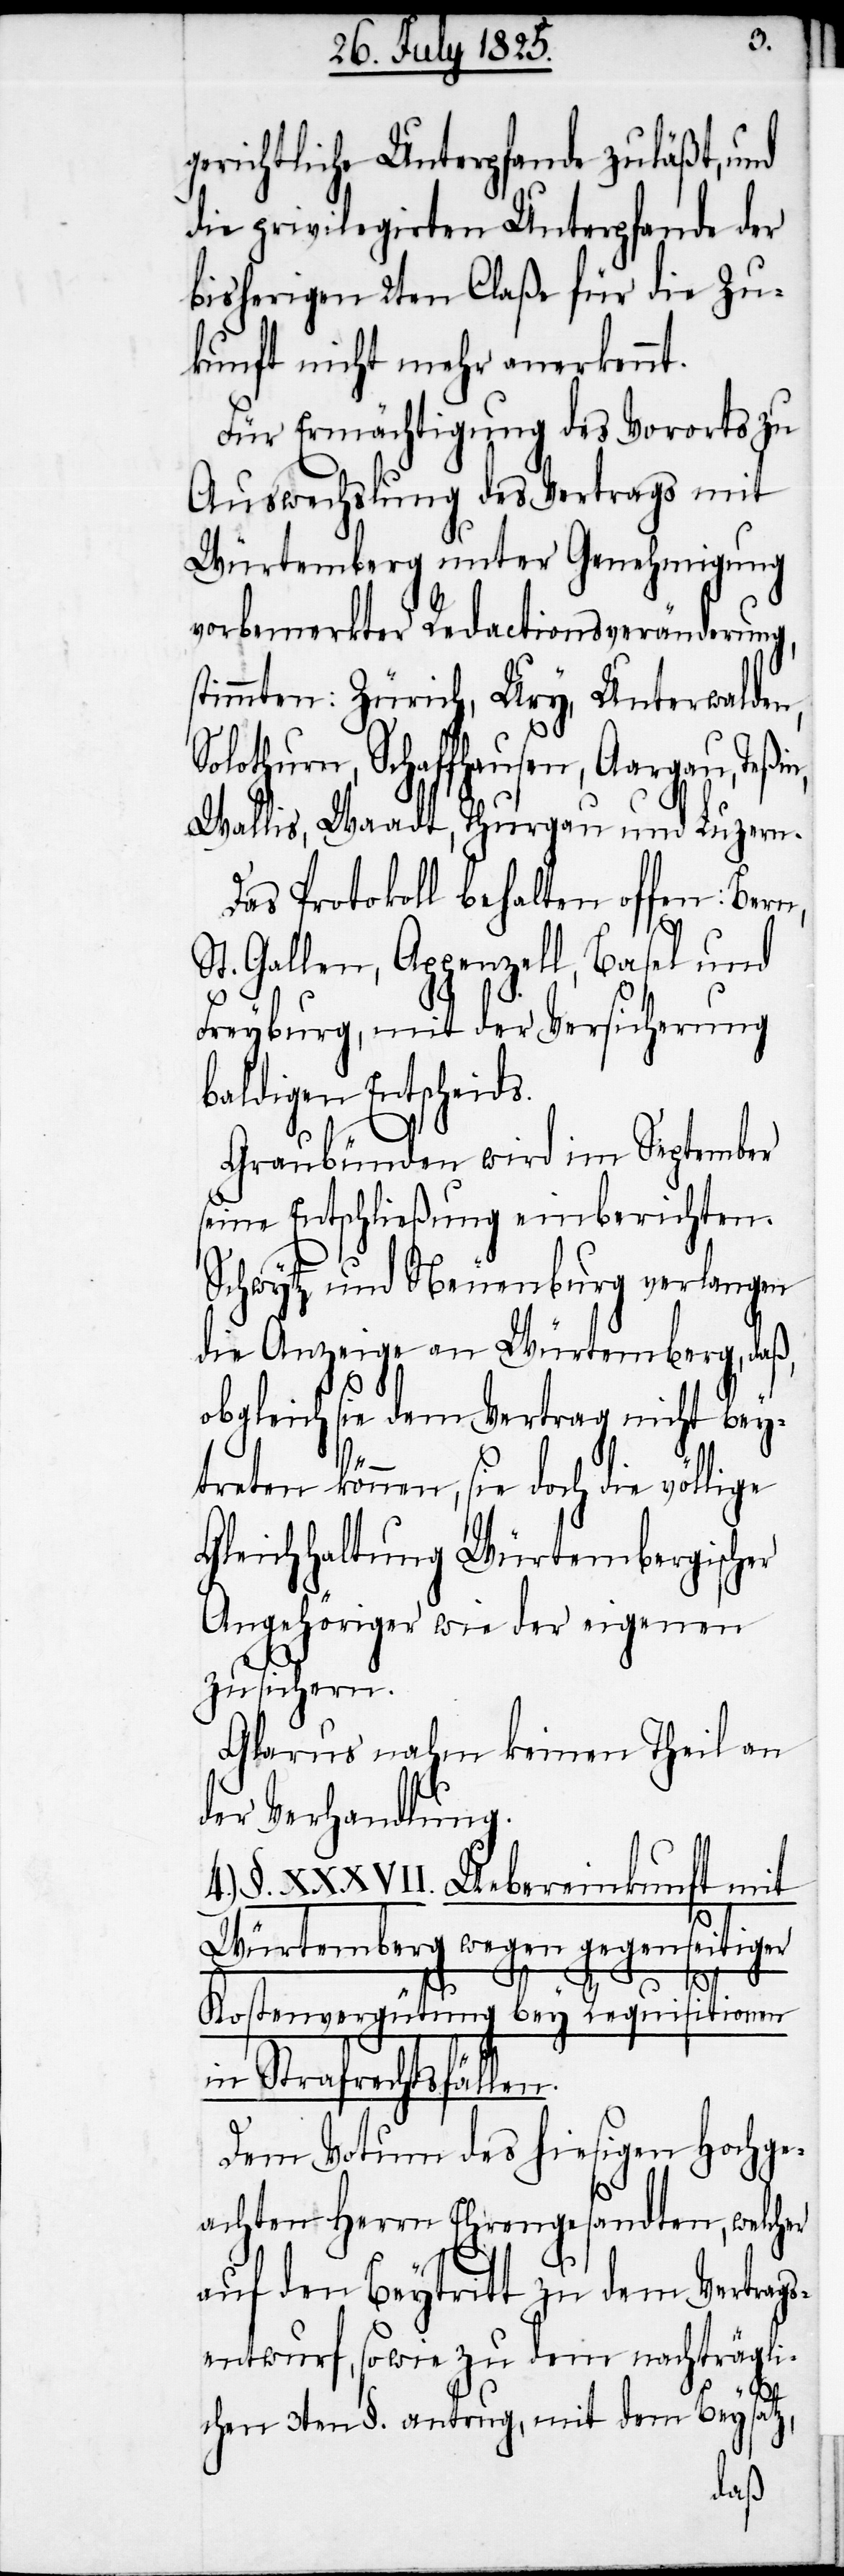
gerichtliche Unterpfande zuläßt, und
die privilegirten Unterpfande der
bisherigen 2ten Claße für die Zu¬
kunft nicht mehr anerkennt.
Für Ermächtigung des Vororts zu
Auswechslung des Vertrags mit
Würtemberg unter Genehmigung
vorbemerkter Redactionsveränderung,
stimmten: Zürich, Ury, Unterwalden,
Solothurn, Schaffhausen, Aargau, Teßin,
Wallis, Waadt, Thurgau und Luzern.
Das Protokoll behalten offen: Bern,
St. Gallen, Appenzell, Basel und
Freyburg, mit der Versicherung
baldigen Entscheids.
Graubünden wird im September
seine Entschließung einberichten.
Schwytz und Neuenburg verlangen
die Anzeige an Würtemberg, da¬
obgleich sie dem Vertag
treten können, sie doch die völ¬
Gleichhaltung Würtembergischer
Angehöriger wie der eigenen
zusichern.
Glarus nahm keinen Theil an
der Verhandlung.
4.) §. XXXVII. Uebereinkunft mit
Würtemberg wegen gegenseitiger
bey¬
lige
ß,
Kostenvergütung bey Requisitionen
in Strafrechtsfällen.
Dem Votum des hiesigen Hochge¬
achten Herrn Ehrengesandten, welcher
auf den Beytritt zu dem Vertrags¬
entwurf, sowie zu dem nachträgli¬
chen 3ten §. antrug, mit dem Beysatz,